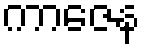
ကာဇေန